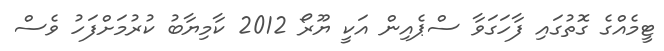
ޓީމެއްގެ ގޮތުގައި ފާހަގަވާ ސްޕެއިން އަކީ ޔޫރޯ 2012 ކާމިޔާބު ކުރުމަށްފަހު ވެސް